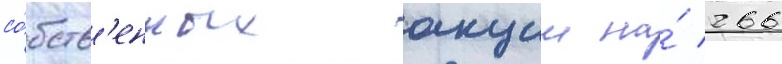
со́бств'енных акции на́ 266